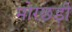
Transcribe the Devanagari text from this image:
मोरछड़ी